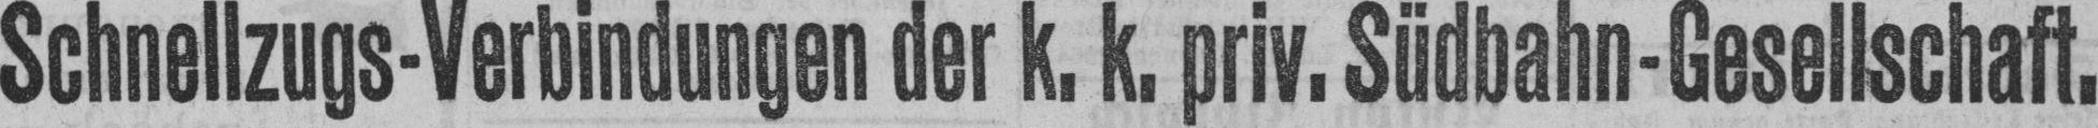
Schnellzugs-Verbindungen der k. k. priv. Südbahn-Gesellschaft.